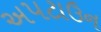
અપટાઉન